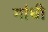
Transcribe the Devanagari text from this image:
गांंधी